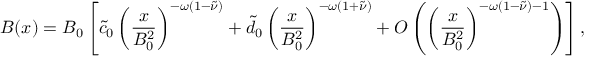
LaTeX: B ( x ) = B _ { 0 } \left[ \tilde { c } _ { 0 } \left( \frac { x } { B _ { 0 } ^ { 2 } } \right) ^ { - \omega ( 1 - \tilde { \nu } ) } + \tilde { d } _ { 0 } \left( \frac { x } { B _ { 0 } ^ { 2 } } \right) ^ { - \omega ( 1 + \tilde { \nu } ) } + { \cal O } \left( \left( \frac { x } { B _ { 0 } ^ { 2 } } \right) ^ { - \omega ( 1 - \tilde { \nu } ) - 1 } \right) \right] ,